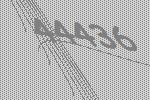
44436